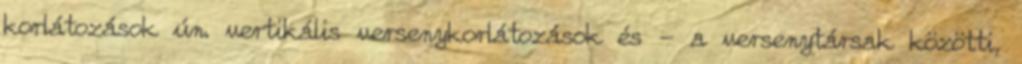
korlátozások ún. vertikális versenykorlátozások és - a versenytársak közötti,